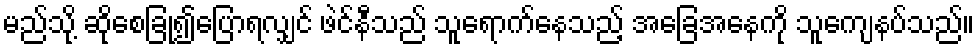
မည်သို့ ဆိုစေခြုံ၍ပြောရလျှင် ဖဲင်နီသည် သူရောက်နေသည့် အခြေအနေကို သူကျေနပ်သည်။